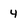
Character: 4